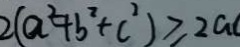
2 ( a ^ { 2 } + b ^ { 2 } + c ^ { 2 } ) \geq 2 a